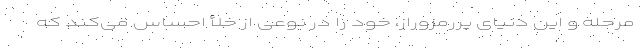
مرحله و این دنیای پررمزوراز، خود را در نوعی از خلأ احساس می‌کند که